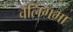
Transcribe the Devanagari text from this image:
वैलिंगमा